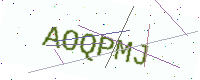
Text: AOQPMJ